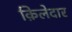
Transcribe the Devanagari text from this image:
क़िलेदार